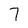
Character: 7